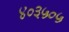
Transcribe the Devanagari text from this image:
४०३५०५